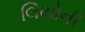
લિયોની